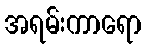
အရမ်းကာရော